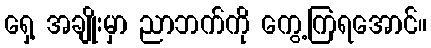
ရှေ့ အချိုးမှာ ညာဘက်ကို ကွေ့ကြရအောင်။